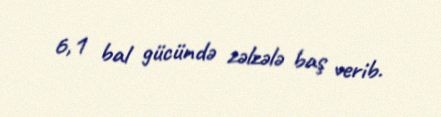
6,1 bal gücündə zəlzələ baş verib.